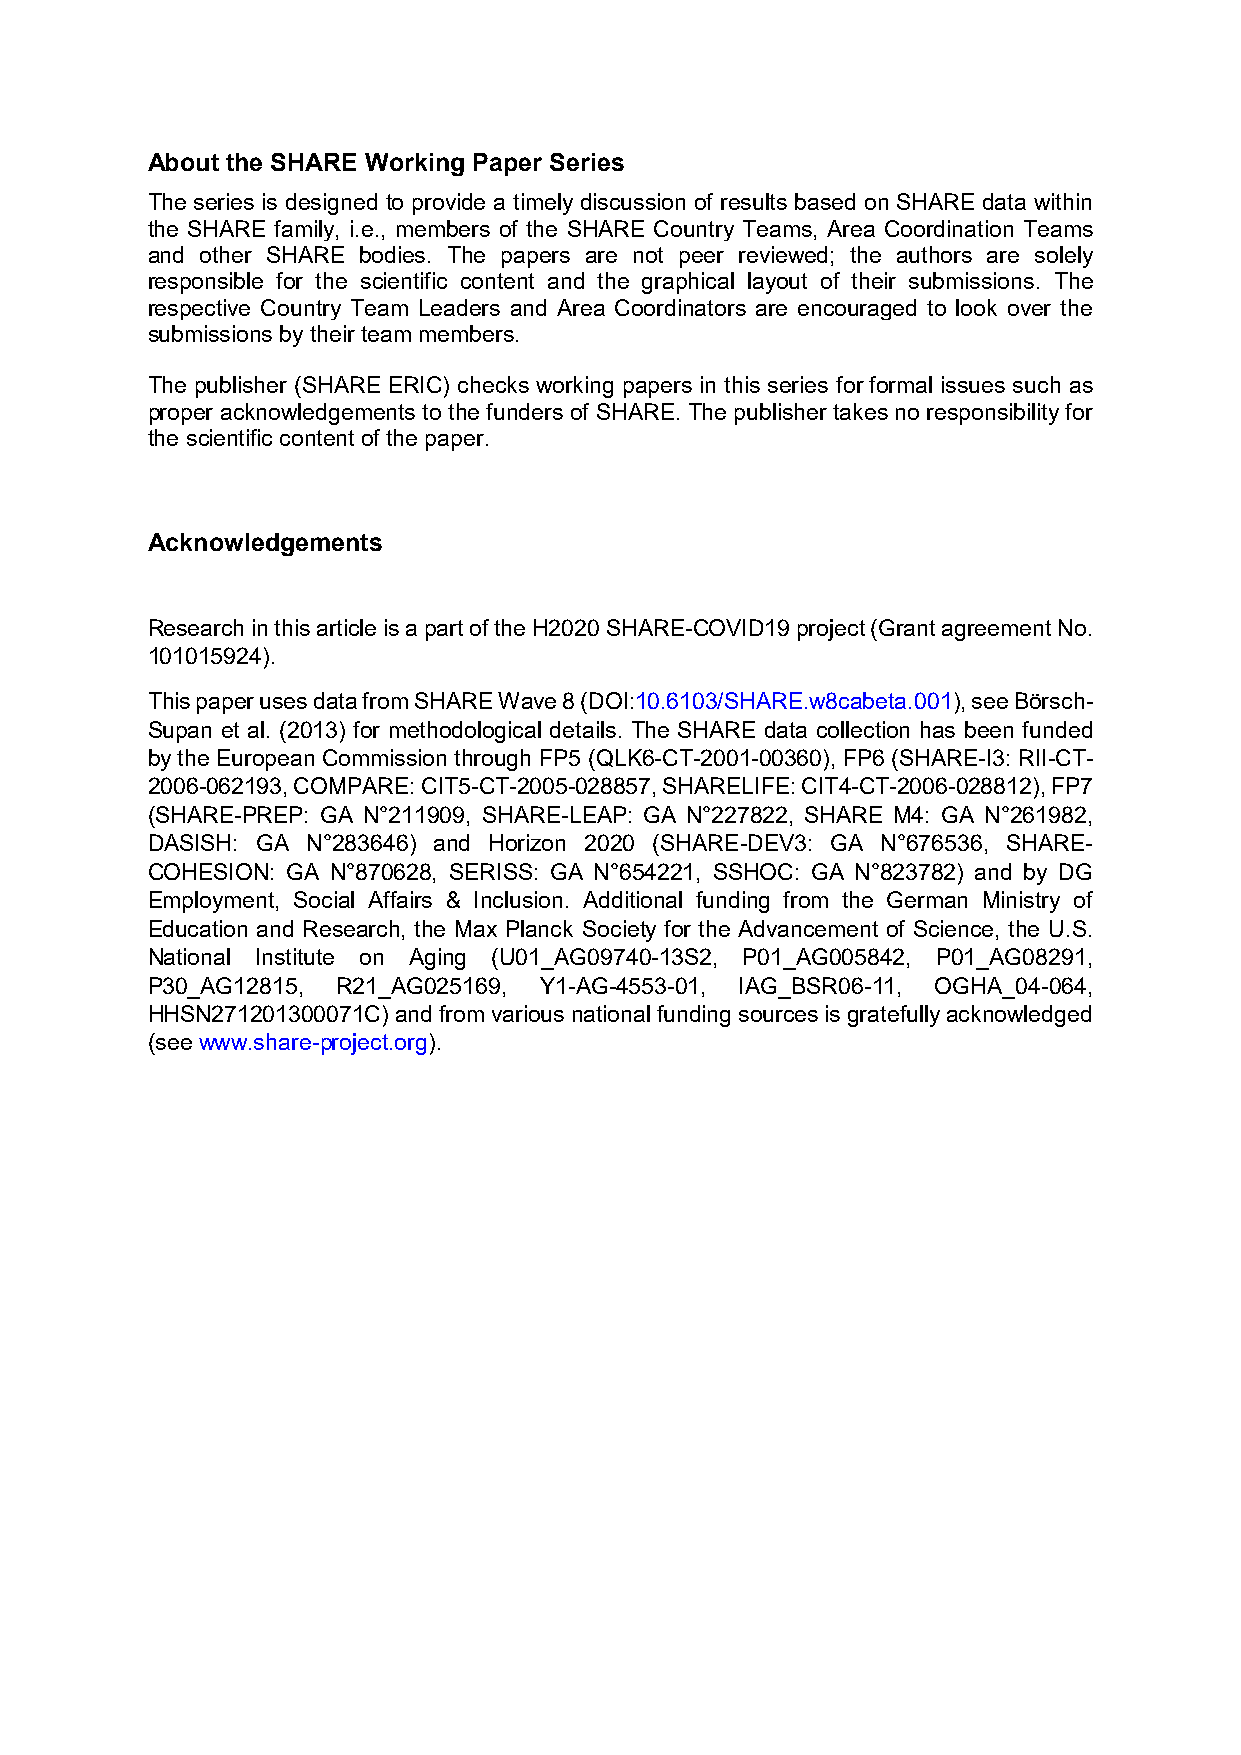
About the SHARE Working Paper Series
 The series is designed to provide a timely discussion of results based on SHARE data within
 the SHARE family, i.e., members of the SHARE Country Teams, Area Coordination Teams
 and other SHARE bodies. The papers are not peer reviewed; the authors are solely
 responsible for the scientific content and the graphical layout of their submissions. The
 respective Country Team Leaders and Area Coordinators are encouraged to look over the
 submissions by their team members.
 The publisher (SHARE ERIC) checks working papers in this series for formal issues such as
 proper acknowledgements to the funders of SHARE. The publisher takes no responsibility for
 the scientific content of the paper.
 Acknowledgements
 Research in this article is a part of the H2020 SHARE-COVID19 project (Grant agreement No.
 101015924).
 This paper uses data from SHARE Wave 8 (DOI:10.6103/SHARE.w8cabeta.001), see Börsch-
 Supan et al. (2013) for methodological details. The SHARE data collection has been funded
 by the European Commission through FP5 (QLK6-CT-2001-00360), FP6 (SHARE-I3: RII-CT-
 2006-062193, COMPARE: CIT5-CT-2005-028857, SHARELIFE: CIT4-CT-2006-028812), FP7
 (SHARE-PREP: GA N°211909, SHARE-LEAP: GA N°227822, SHARE M4: GA N°261982,
 DASISH: GA N°283646) and Horizon 2020 (SHARE-DEV3: GA N°676536, SHARE-
 COHESION: GA N°870628, SERISS: GA N°654221, SSHOC: GA N°823782) and by DG
 Employment, Social Affairs & Inclusion. Additional funding from the German Ministry of
 Education and Research, the Max Planck Society for the Advancement of Science, the U.S.
 National Institute on Aging (U01_AG09740-13S2, P01_AG005842, P01_AG08291,
 P30_AG12815, R21_AG025169, Y1-AG-4553-01, IAG_BSR06-11, OGHA_04-064,
 HHSN271201300071C) and from various national funding sources is gratefully acknowledged
 (see www.share-project.org).